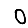
Digit: 0